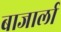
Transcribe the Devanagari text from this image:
बाजार्ला